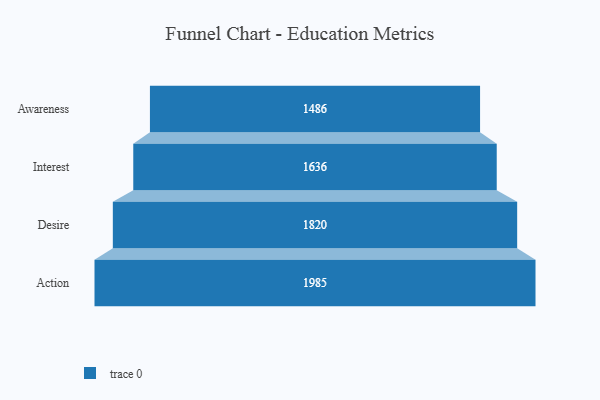
{"axis": {"x": "Stage", "y": "Value"}, "legend": [""], "data": [{"x": "Awareness", "y": 1486.0, "type": ""}, {"x": "Interest", "y": 1636.0, "type": ""}, {"x": "Desire", "y": 1820.0, "type": ""}, {"x": "Action", "y": 1985.0, "type": ""}]}